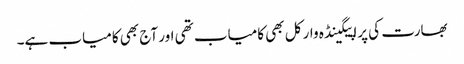
بھارت کی پراپیگینڈہ وار کل بھی کامیاب تھی اور آج بھی کامیاب ہے۔